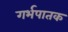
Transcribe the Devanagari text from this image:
गर्भपातक